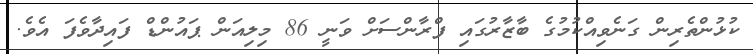
ކުޅުންތެރިން ގަނެވިއްކުމުގެ ބާޒާރުގައި ފްރާންސަށް ވަނީ 86 މިލިއަން ޕައުންޑް ފައިދާވެފަ އެވެ.